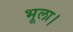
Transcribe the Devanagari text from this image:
भूला।